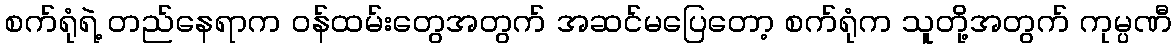
စက်ရုံရဲ့ တည်နေရာက ဝန်ထမ်းတွေအတွက် အဆင်မပြေတော့ စက်ရုံက သူတို့အတွက် ကုမ္ပဏီ